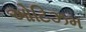
ઓટિઝમ